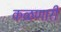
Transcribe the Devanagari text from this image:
कळणारी